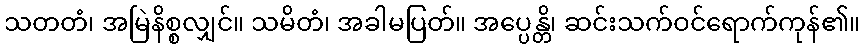
သတတံ၊ အမြဲနိစ္စလျှင်။ သမိတံ၊ အခါမပြတ်။ အပ္ပေန္တိ၊ ဆင်းသက်ဝင်ရောက်ကုန်၏။